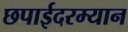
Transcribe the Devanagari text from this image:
छपाईदरम्यान